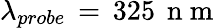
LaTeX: \lambda_{probe}\, =\, 325\, \mathrm{~n~m~}